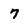
Character: 7